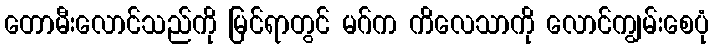
တောမီးလောင်သည်ကို မြင်ရာတွင် မဂ်က ကိလေသာကို လောင်ကျွမ်းစေပုံ